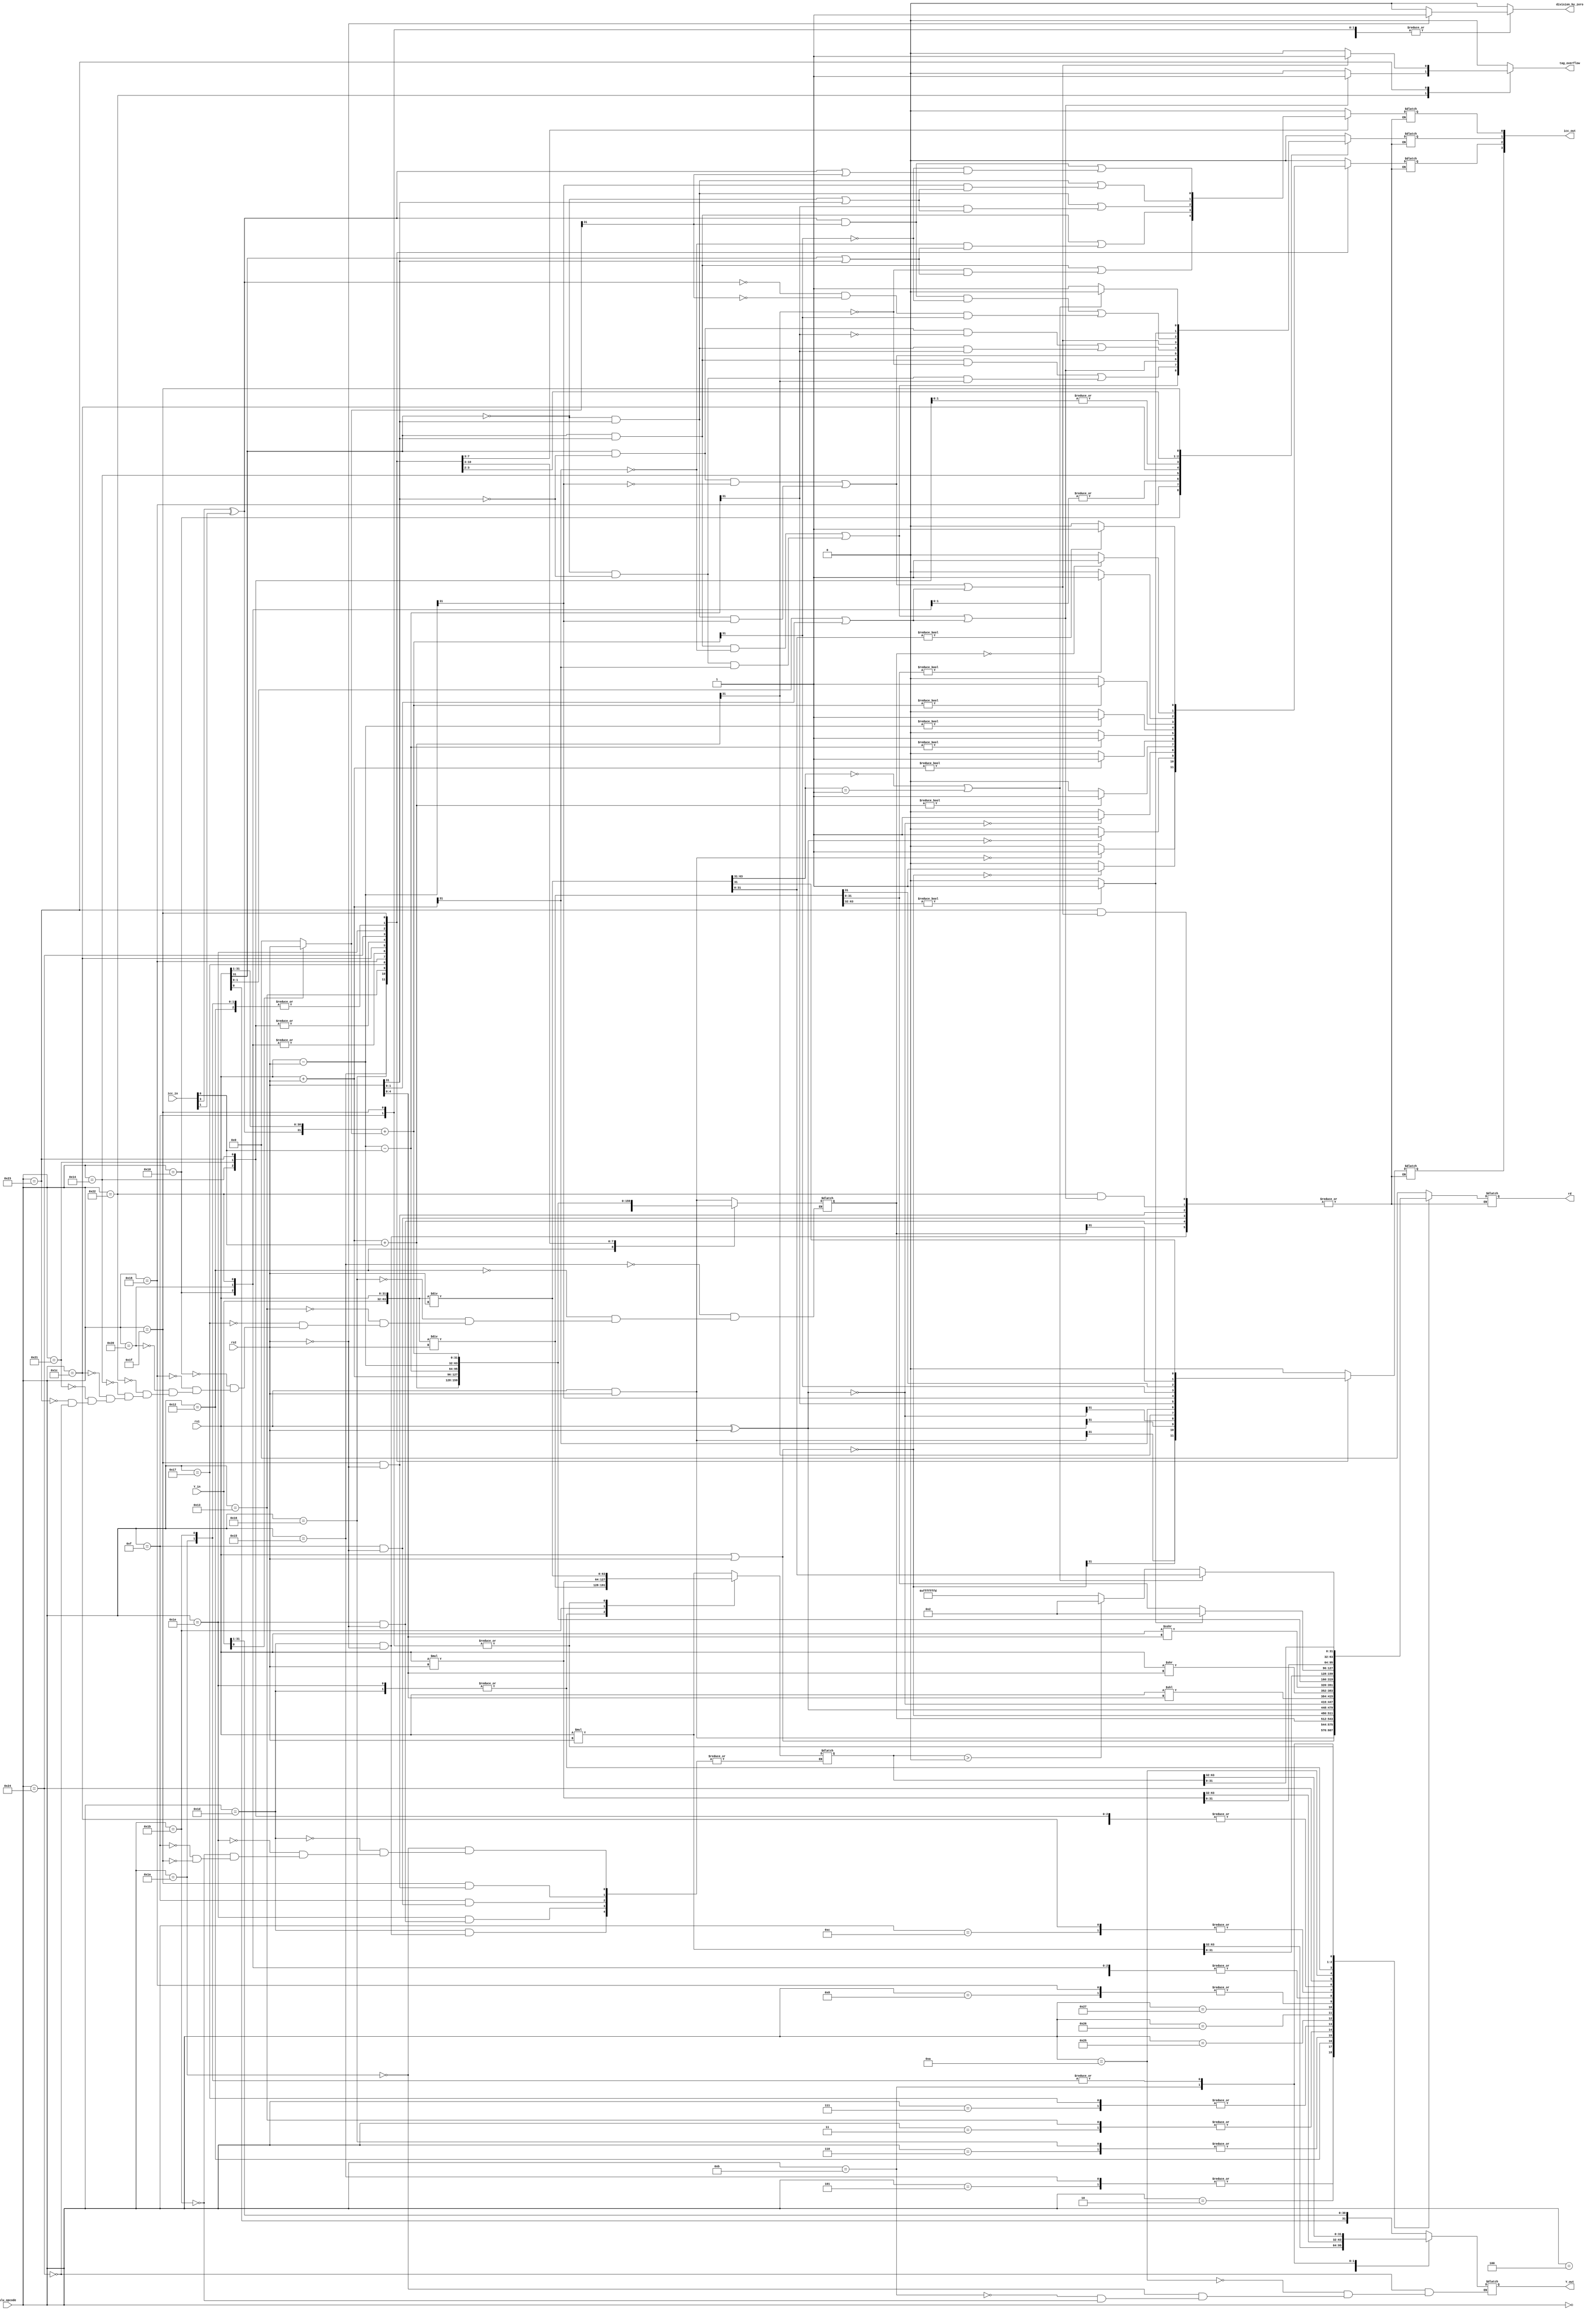
//My final ALU design for the SPARCv8 core
//a combination between a clocked production

module alu(
	
	//IO
	input wire [31:0] rs1,
	input wire [31:0] rs2, //Decode should sign extend the immul
	output reg [31:0] rd,
	
	//ICC
	input wire [3:0] icc_in, //NZVC
	output reg [3:0] icc_out,
	
	//Y
	input wire [31:0] Y_in,
	output reg [31:0] Y_out,
	
	//Instruction select
	input wire [5:0] alu_opcode,
	
	
	//Traps
	output reg division_by_zero,
	output reg tag_overflow
	
	
);

//Verilog doesn't have enums so we're using parameter declarations
//Note: We're not doing SETHI here, that's going in the decode

/////////Arithmetic Operation Declarations/////////
//Logic operations
parameter AND=6'h05;
parameter ANDcc=6'h15;
parameter OR=6'h02;
parameter ORcc=6'h12;
parameter ORN=6'h06;
parameter ORNcc=6'h16;
parameter XOR=6'h03;
parameter XORcc=6'h13;
parameter XNOR=6'h07;
parameter XNORcc=6'h17;
parameter ANDN=6'h05;
parameter ANDNcc=6'h15;

//Logical Shift
parameter SLL=6'h25;
parameter SRL=6'h26;

//Arithmetic Shift
parameter SRA=6'h27;

//Add and Tagged add
parameter ADD=6'h00;
parameter ADDcc=6'h10;
parameter ADDX=6'h08;
parameter ADDXcc=6'h18;
parameter TADDcc=6'h20;
parameter TADDccTV=6'h22;

//Sub and Tagged Sub
parameter SUB=6'h04;
parameter SUBcc=6'h14;
parameter SUBX=6'h0C;
parameter SUBXcc=6'h1C;
parameter TSUBcc=6'h21;
parameter TSUBccTV=6'h23;

//Multiply step
parameter MULScc=6'h24;

//Multiply and Divide Unsigned
parameter UMUL=6'h0A;
parameter UMULcc=6'h1A;
parameter UDIV=7'd29;
parameter UDIVcc=7'd30;

//Multiply and Divide Signed
parameter SMUL=6'h0B;
parameter SMULcc=6'h1B;
parameter SDIV=6'h0F;
parameter SDIVcc=6'h1F;

/////////Variables/////////
reg [31:0] temp_result=32'd0;
reg [63:0] temp_result_64=64'd0;
wire signed [63:0] temp_result_64_signed;

reg temp_V;
integer i,j;

assign temp_result_64_signed=temp_result_64;

//Signed inputs
wire signed [31:0] rs1_signed;
wire signed [31:0] rs2_signed;

assign rs1_signed=rs1;
assign rs2_signed=rs2;

//Multiply Step operands
wire [31:0] operand1;
wire [31:0] operand2;

assign operand1={(icc_in[3]^icc_in[1]),rs1[31:1]};
assign operand2=(~Y_in[0])? 32'd0 : rs2;

//Divide operands
wire [63:0] div1;
wire signed [63:0] div1_signed;

assign div1={Y_in,rs1};
assign div1_signed={Y_in,rs1};

//Instructions
always @(*) begin
	case(alu_opcode)
		//Logic operations
		AND: begin
			rd<=rs1&rs2;
			icc_out<=4'd0;
			division_by_zero<=1'b0;
			tag_overflow<=1'b0;
		end
		ANDcc: begin
			temp_result=rs1&rs2;
			rd<=temp_result;
			icc_out[3]<=temp_result[31]; //N
			icc_out[2]<= (temp_result==32'd0)? 1: 0; //Z
			icc_out[1:0]=2'd0; //VC (always 0)
			division_by_zero<=1'b0;
			tag_overflow<=1'b0;
		end
		ANDN: begin
			rd<=~(rs1&rs2);
			icc_out<=4'd0;
			division_by_zero<=1'b0;
			tag_overflow<=1'b0;
		end
		ANDNcc: begin
			temp_result=~(rs1&rs2);
			rd<=temp_result;
			icc_out[3]<=temp_result[31]; //N
			icc_out[2]<= (temp_result==32'd0)? 1: 0; //Z
			icc_out[1:0]=2'd0; //VC (always 0)
			division_by_zero<=1'b0;
			tag_overflow<=1'b0;
		end
		OR: begin
			rd<=rs1|rs2;
			icc_out<=4'd0;
			division_by_zero<=1'b0;
			tag_overflow<=1'b0;
		end
		ORcc: begin
			temp_result<=rs1|rs2;
			rd<=temp_result;
			icc_out[3]<=temp_result[31];
			icc_out[2]<= (temp_result==32'd0)? 1: 0;
			icc_out[1:0]=2'd0;
			division_by_zero<=1'b0;
			tag_overflow<=1'b0;
		end
		ORN: begin
			rd<=~(rs1|rs2);
			icc_out<=4'd0;
			division_by_zero<=1'b0;
			tag_overflow<=1'b0;
		end
		ORNcc: begin
			temp_result=~(rs1|rs2);
			rd<=temp_result;
			icc_out[3]<=temp_result[31];
			icc_out[2]<= (temp_result==32'd0)? 1: 0;
			icc_out[1:0]=2'd0;
			division_by_zero<=1'b0;
			tag_overflow<=1'b0;
		end
		XOR: begin
			rd<=rs1^rs2;
			icc_out<=4'd0;
			division_by_zero<=1'b0;
			tag_overflow<=1'b0;
		end
		XORcc: begin
			temp_result=rs1^rs2;
			rd<=temp_result;
			icc_out[3]<=temp_result[31];
			icc_out[2]<= (temp_result==32'd0)? 1: 0;
			icc_out[1:0]=2'd0;
			division_by_zero<=1'b0;
			tag_overflow<=1'b0;
		end
		XNOR: begin
			rd<=~(rs1^rs2);
			icc_out<=4'd0;
			division_by_zero<=1'b0;
			tag_overflow<=1'b0;
		end
		XNORcc: begin
			temp_result=~(rs1^rs2);
			rd<=temp_result;
			icc_out[3]<=temp_result[31];
			icc_out[2]<= (temp_result==32'd0)? 1: 0;
			icc_out[1:0]=2'd0;
			division_by_zero<=1'b0;
			tag_overflow<=1'b0;
		end
		
		//Logical shift
		SLL: begin
			rd<=rs1<<rs2[4:0];
			icc_out<=4'd0;
			division_by_zero<=1'b0;
			tag_overflow<=1'b0;
		end
		SRL: begin
			rd<=rs1>>rs2[4:0];
			icc_out<=4'd0;
			division_by_zero<=1'b0;
			tag_overflow<=1'b0;
		end
		
		//Arithmetic shift
		SRA: begin
			rd<=rs1_signed>>>rs2_signed[4:0];
			icc_out<=4'd0;
			division_by_zero<=1'b0;
			tag_overflow<=1'b0;
		end
		
		//Add and Tagged add
		ADD: begin
			rd<=rs1+rs2;
			icc_out<=4'd0;
			division_by_zero<=1'b0;
			tag_overflow<=1'b0;
		end
		ADDcc: begin
			temp_result=rs1+rs2;
			rd<=temp_result;
			icc_out[3]<=temp_result[31];
			icc_out[2]<=(temp_result)? 1: 0;
			icc_out[1]<=((rs1[31]&&rs2[31])&&(!temp_result[31]))||(((!rs1[31])&&(!rs2[31]))&&temp_result[31]); //In Appendix C
			icc_out[0]<=(rs1[31]&&rs2[31])||((!temp_result[31])&&(rs1[31]||rs2[31]));
			division_by_zero<=1'b0;
			tag_overflow<=1'b0;
		end
		ADDX: begin
			rd<=rs1+rs2+icc_in[0]; //+C
			icc_out<=4'd0;
			division_by_zero<=1'b0;
			tag_overflow<=1'b0;
		end
		ADDXcc: begin
			temp_result=rs1+rs2+icc_in[0]; //+C
			rd<=temp_result;
			icc_out[3]<=temp_result[31];
			icc_out[2]<=(temp_result)? 1: 0;
			icc_out[1]<=((rs1[31]&&rs2[31])&&(!temp_result[31]))||(((!rs1[31])&&(!rs2[31]))&&temp_result[31]);
			icc_out[0]<=(rs1[31]&&rs2[31])||((!temp_result[31])&&(rs1[31]||rs2[31]));
			division_by_zero<=1'b0;
			tag_overflow<=1'b0;
		end
		TADDcc: begin
			temp_result=rs1+rs2;
			rd<=temp_result;
			icc_out[3]<=temp_result[31];
			icc_out[2]<=(temp_result)? 1: 0;
			icc_out[1]<=(((rs1[31]&&rs2[31])&&(!temp_result[31]))||(((!rs1[31])&&(!rs2[31]))&&temp_result[31]))||(rs1[1:0] || rs2[1:0]);
			icc_out[0]<=(rs1[31]&&rs2[31])||((!temp_result[31])&&(rs1[31]||rs2[31]));
			division_by_zero<=1'b0;
			tag_overflow<=1'b0;
		end
		TADDccTV: begin
			temp_result=rs1+rs2;
			temp_V=(((rs1[31]&&rs2[31])&&(!temp_result[31]))||(((!rs1[31])&&(!rs2[31]))&&temp_result[31]))||(rs1[1:0] || rs2[1:0]);
			if(temp_V) begin //Tag overflow
				tag_overflow<=1'b1;
			end
			else begin //No overflow
				icc_out[3]<=temp_result[31];
				icc_out[2]<=(temp_result)? 1: 0;
				icc_out[1]<=temp_V;
				icc_out[0]<=(rs1[31]&&rs2[31])||((!temp_result[31])&&(rs1[31]||rs2[31]));
				rd<=temp_result;
				tag_overflow<=1'b0;
			end
			division_by_zero<=1'b0;
		end
		
		//Sub and Tagged Sub
		SUB: begin
			rd<=rs1-rs2;
			icc_out<=4'd0;
			division_by_zero<=1'b0;
			tag_overflow<=1'b0;
		end
		SUBcc: begin
			temp_result=rs1-rs2;
			rd<=temp_result;
			icc_out[3]<=temp_result[31];
			icc_out[2]<=(temp_result)? 1: 0;
			icc_out[1]<=((rs1[31]&&(!rs2[31]))&&(!temp_result[31]))||(((!rs1[31])&&rs2[31])&&temp_result[31]);
			icc_out[0]<=((!rs1[31])&&rs2[31])||(temp_result[31]&&((!rs1[31])||rs2[31]));
			division_by_zero<=1'b0;
			tag_overflow<=1'b0;
		end
		SUBX: begin
			rd<=rs1-rs2-icc_in[0];
			icc_out<=4'd0;
			division_by_zero<=1'b0;
			tag_overflow<=1'b0;
		end
		SUBXcc: begin
			temp_result=rs1-rs2-icc_in[0];
			rd<=temp_result;
			icc_out[3]<=temp_result[31];
			icc_out[2]<=(temp_result)? 1: 0;
			icc_out[1]<=((rs1[31]&&(!rs2[31]))&&(!temp_result[31]))||(((!rs1[31])&&rs2[31])&&temp_result[31]);
			icc_out[0]<=((!rs1[31])&&rs2[31])||(temp_result[31]&&((!rs1[31])||rs2[31]));
			division_by_zero<=1'b0;
			tag_overflow<=1'b0;
		end
		TSUBcc: begin
			temp_result=rs1-rs2;
			rd<=temp_result;
			icc_out[3]<=temp_result[31];
			icc_out[2]<=(temp_result)? 1: 0;
			icc_out[1]<=(((rs1[31]&&(!rs2[31]))&&(!temp_result[31]))||(((!rs1[31])&&rs2[31])&&temp_result[31]))||(rs1[1:0] || rs2[1:0]);
			icc_out[0]<=((!rs1[31])&&rs2[31])||(temp_result[31]&&((!rs1[31])||rs2[31]));
			division_by_zero<=1'b0;
			tag_overflow<=1'b0;
		end
		TSUBccTV: begin
			temp_result=rs1-rs2;
			temp_V=(((rs1[31]&&(!rs2[31]))&&(!temp_result[31]))||(((!rs1[31])&&rs2[31])&&temp_result[31]))||(rs1[1:0] || rs2[1:0]);
			if(temp_V) begin
				tag_overflow<=1'b1;
			end
			else begin
				icc_out[3]<=temp_result[31];
				icc_out[2]<=(temp_result)? 1: 0;
				icc_out[1]<=temp_V;
				icc_out[0]<=((!rs1[31])&&rs2[31])||(temp_result[31]&&((!rs1[31])||rs2[31]));
				rd<=temp_result;
				tag_overflow<=1'b0;
			end
			division_by_zero<=1'b0;
		end
		
		//Multiply step
		MULScc: begin
			temp_result=operand1+operand2;
			Y_out<={rs1[0],Y_in[31:1]};
			rd<=temp_result;
			icc_out[3]<=temp_result[31];
			icc_out[2]<=(temp_result)? 1: 0;
			icc_out[1]<=((operand1[31]&&operand2[31])&&(!temp_result[31]))||(((!operand1[31])&&(!operand2[31]))&&temp_result[31]);
			icc_out[0]<=(operand1[31]&&operand2[31])||((!temp_result[31])&&(operand1[31]||operand2[31]));
			division_by_zero<=1'b0;
			tag_overflow<=1'b0;
		end
		
		//Multiply and divide unsigned
		//Note: Ignoring the divisor convention, don't care
		UMUL: begin
			{Y_out,rd}<=rs1*rs2;
			icc_out<=4'd0;
			division_by_zero<=1'b0;
			tag_overflow<=1'b0;
		end
		UMULcc: begin
			temp_result_64<=rs1*rs2;
			{Y_out,rd}<=temp_result_64;
			icc_out[3]<=temp_result[31];
			icc_out[2]<= (temp_result==32'd0)? 1: 0;
			icc_out[1:0]=2'd0;
			division_by_zero<=1'b0;
			tag_overflow<=1'b0;
		end
		UDIV: begin
			if(!rs2) begin
				division_by_zero<=1'b1;
			end
			else begin
				temp_result_64=div1/rs2;
				temp_V=(temp_result_64[63:32])? 1 : 0;
				if(temp_V) begin
					rd<=((2^^32)-1);
				end
				else begin
					rd<=temp_result_64[31:0];
				end
				icc_out<=4'd0;
				division_by_zero<=1'b0;
			end
			tag_overflow<=1'b0;
		end
		UDIVcc: begin
			if(!rs2) begin
				division_by_zero<=1'b1;
			end
			else begin
				temp_result_64=div1/rs2;
				temp_V=(temp_result_64[63:32])? 1 : 0;
				if(temp_V) begin
					rd<=((2^^32)-1);
				end
				else begin
					rd<=temp_result_64[31:0];
				end
				icc_out[3]<=temp_result_64[31];
				icc_out[2]<= (temp_result_64[31:0])? 1: 0;
				icc_out[1]<=temp_V;
				icc_out[0]<=1'b0;
				division_by_zero<=1'b0;
			end
			tag_overflow<=1'b0;
		end	
	
		//Multiply and divide signed
		SMUL: begin
			{Y_out,rd}<=rs1_signed*rs2_signed;
			icc_out<=4'd0;
			division_by_zero<=1'b0;
			tag_overflow<=1'b0;
		end
		SMULcc: begin
			temp_result_64<=rs1_signed*rs2_signed;
			{Y_out,rd}<=temp_result_64;
			icc_out[3]<=temp_result[31];
			icc_out[2]<= (temp_result==32'd0)? 1: 0;
			icc_out[1:0]=2'd0;
			division_by_zero<=1'b0;
			tag_overflow<=1'b0;
		end
		SDIV: begin
			if(!rs2) begin
				division_by_zero<=1'b1;
			end
			else begin
				temp_result_64=div1_signed/rs2_signed;
				//Using binary operators here instead of bitwise
				temp_V=(!temp_result_64[63:31])||(temp_result_64[63:31]==((2^^33)-1))? 0 : 1;
				if(temp_V) begin
					if(temp_result_64_signed>0) begin
						rd<=((2^^31)-1);
					end
					else begin
						rd<=-(2^^31);
					end
				end
				else begin
					rd<=temp_result_64[31:0];
				end
				icc_out<=4'd0;
				division_by_zero<=1'b0;
			end
			tag_overflow<=1'b0;
		end
		SDIVcc: begin
			if(!rs2) begin
				division_by_zero<=1'b1;
			end
			else begin
				temp_result_64=div1_signed/rs2_signed;
				//Using binary operators here instead of bitwise
				temp_V=(!temp_result_64[63:31])||(temp_result_64[63:31]==((2^^33)-1))? 0 : 1;
				if(temp_V) begin
					if(temp_result_64_signed>0) begin
						rd<=((2^^31)-1);
					end
					else begin
						rd<=-(2^^31);
					end
				end
				else begin
					rd<=temp_result_64[31:0];
				end
				icc_out[3]<=temp_result_64[31];
				icc_out[2]<= (temp_result_64[31:0])? 1: 0;
				icc_out[1]<=temp_V;
				icc_out[0]<=1'b0;
				division_by_zero<=1'b0;
			end
			tag_overflow<=1'b0;
		end	
		
		//Default is basically nothing happening
		default: begin
			icc_out<=4'd0;
			rd<=32'd0;
			division_by_zero<=1'b0;
			tag_overflow<=1'b0;
		end
	endcase
end

endmodule